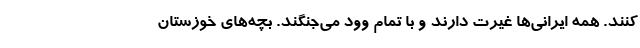
کنند. همه ایرانی‌ها غیرت دارند و با تمام وود می‌جنگند. بچه‌های خوزستان